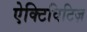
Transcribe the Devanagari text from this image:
ऐक्टिविटिज़